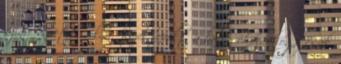
színre lépett volna. Közel repült a bolygóhoz, ahogy csak